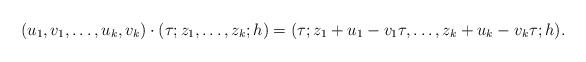
LaTeX: \begin{align*}(u_1,v_1, \ldots , u_k,v_k)\cdot (\tau ; z_1, \ldots , z_k ; h)=(\tau; z_1+u_1 - v_1 \tau ,\ldots, z_k + u_k - v_k \tau ; h).\end{align*}